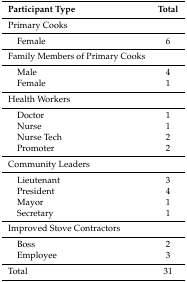
| Participant Type | Total |
 | --- | --- |
 | Primary Cooks |  |
 | Female | 6 |
 | Family Members of Primary Cooks |  |
 | Male | 4 |
 | Female | 1 |
 | Health Workers |  |
 | Doctor | 1 |
 | Nurse | 1 |
 | Nurse Tech | 2 |
 | Promoter | 2 |
 | Community Leaders |  |
 | Lieutenant | 3 |
 | President | 4 |
 | Mayor | 1 |
 | Secretary | 1 |
 | Improved Stove Contractors |  |
 | Boss | 2 |
 | Employee | 3 |
 | Total | 31 |